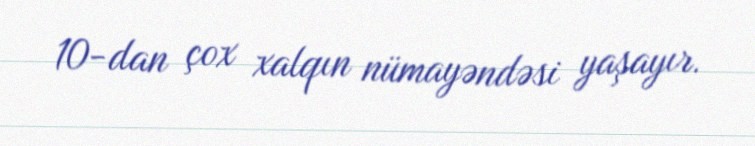
10-dan çox xalqın nümayəndəsi yaşayır.